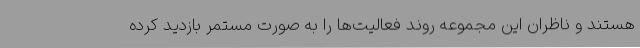
هستند و ناظران این مجموعه روند فعالیت‌ها را به صورت مستمر بازدید کرده